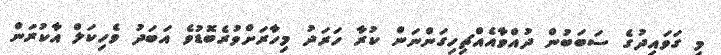
މި ގަވައިދުގެ ސަބަބުން ދުއްވާއެއްޗިހިގަންނަން ކުރާ ހަރަދު މިހާރަށްވުރެބޮޑުވެ އަބަދު ވެހިކަލް އާކުރަން